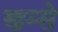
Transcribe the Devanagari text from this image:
खम्से